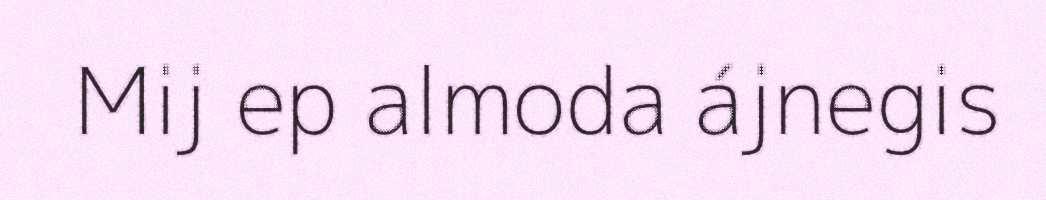
Mij ep almoda ájnegis